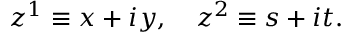
z ^ { 1 } \equiv x + i y , ~ ~ ~ z ^ { 2 } \equiv s + i t .